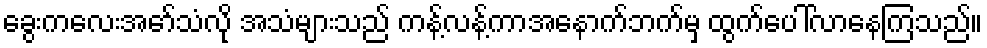
ခွေးကလေးအော်သံလို အသံများသည် ကန့်လန့်ကာအနောက်ဘက်မှ ထွက်ပေါ်လာနေကြသည်။